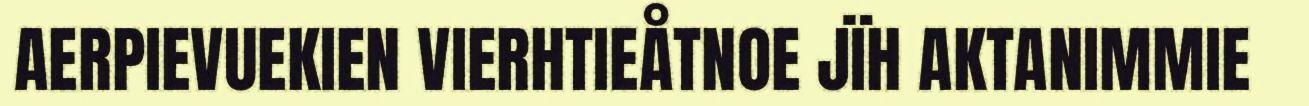
AERPIEVUEKIEN VIERHTIEÅTNOE JÏH AKTANIMMIE